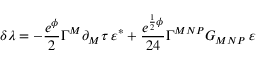
\delta \lambda = - \frac { e ^ { \phi } } { 2 } \Gamma ^ { M } \partial _ { M } \tau \, \varepsilon ^ { * } + \frac { e ^ { \frac { 1 } { 2 } \phi } } { 2 4 } \Gamma ^ { M N P } G _ { M N P } \, \varepsilon